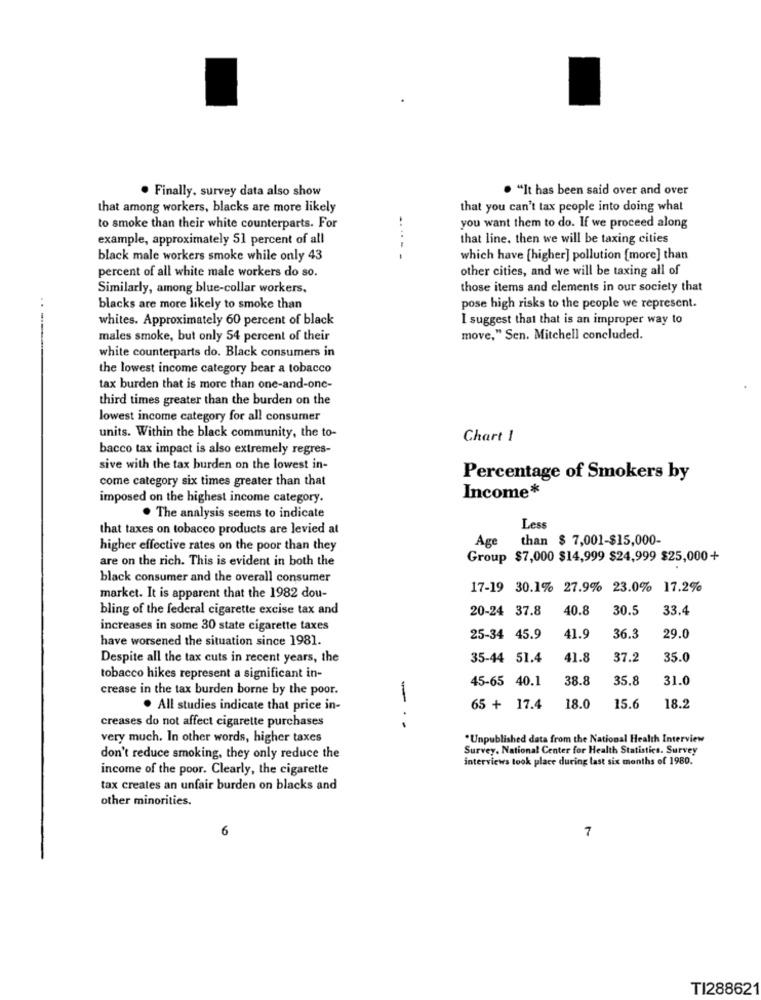
. "It has been said over and over
. Finally, survey data also show
that among workers, blacks are more likely
that you can't tax people into doing what
to smoke than their white counterparts. For
you want them to do. If we proceed along
example, approximately 51 percent of all
that line, then we will be taxing cities
black male workers smoke while only 43
which have [higher] pollution [more] than
other cities, and we will be taxing all of
percent of all white male workers do so.
Similarly, among blue-collar workers,
those items and elements in our society that
blacks are more likely to smoke than
pose high risks to the people we represent.
whites. Approximately 60 percent of black
I suggest that that is an improper way to
males smoke, but only 54 percent of their
move," Sen. Mitchell concluded.
white counterparts do. Black consumers in
the lowest income category bear a tobacco
tax burden that is more than one-and-one-
third times greater than the burden on the
lowest income category for all consumer
units. Within the black community, the to-
Chart 1
bacco tax impact is also extremely regres-
sive with the tax burden on the lowest in-
come category six times greater than that
Percentage of Smokers by
imposed on the highest income category.
Income*
. The analysis seems to indicate
that taxes on tobacco products are levied at
Less
than $ 7,001-$15,000-
higher effective rates on the poor than they
Age
are on the rich. This is evident in both the
Group $7,000 $14,999 $24,999 $25,000+
black consumer and the overall consumer
17-19 30.1% 27.9% 23.0% 17.2%
market. It is apparent that the 1982 dou-
bling of the federal cigarette excise tax and
20-24 37.8
40.8
30.5
33.4
increases in some 30 state cigarette taxes
have worsened the situation since 1981.
25-34 45.9
41.9
36.3
29.0
Despite all the tax cuts in recent years, the
35-44 51.4
41.8
37.2
35.0
tobacco hikes represent a significant in-
45-65 40.1
38.8
35.8
31.0
crease in the tax burden borne by the poor.
. All studies indicate that price in-
65 + 17.4
18.0
15.6
18.2
creases do not affect cigarette purchases
---
very much. In other words, higher taxes
*Unpublished data from the National Health Interview
Survey. National Center for Health Statistics. Survey
don't reduce smoking, they only reduce the
interviews took place during last six months of 1980.
income of the poor. Clearly, the cigarette
tax creates an unfair burden on blacks and
other minorities.
6
7
TI288621